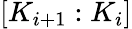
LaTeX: [K_{i+1}:K_{i}]